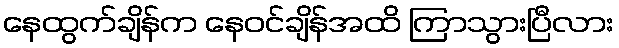
နေထွက်ချိန်က နေဝင်ချိန်အထိ ကြာသွားပြီလား